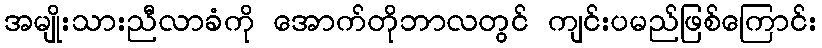
အမျိုးသားညီလာခံကို အောက်တိုဘာလတွင် ကျင်းပမည်ဖြစ်ကြောင်း